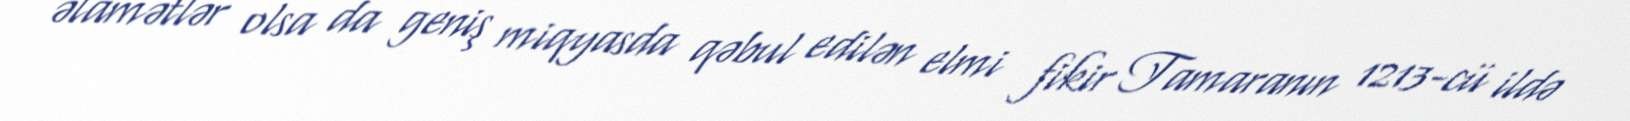
əlamətlər olsa da geniş miqyasda qəbul edilən elmi fikir Tamaranın 1213-cü ildə